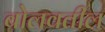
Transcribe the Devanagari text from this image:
बोलवतील